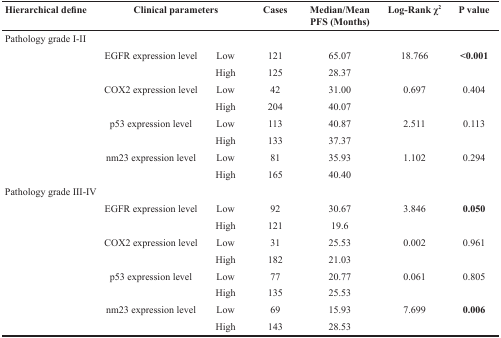
| Hierarchical define | <COLSPAN=2> Clinical parameters | Cases | Median/Mean PFS (Months) | Log-Rank χ2 | P value |
 | --- | --- | --- | --- | --- | --- | --- |
 | Pathology grade I-II |  |  |  |  |  |  |
 |  | EGFR expression level | Low | 121 | 65.07 | 18.766 | <0.001 |
 |  |  | High | 125 | 28.37 |  |  |
 |  | COX2 expression level | Low | 42 | 31.00 | 0.697 | 0.404 |
 |  |  | High | 204 | 40.07 |  |  |
 |  | p53 expression level | Low | 113 | 40.87 | 2.511 | 0.113 |
 |  |  | High | 133 | 37.37 |  |  |
 |  | nm23 expression level | Low | 81 | 35.93 | 1.102 | 0.294 |
 |  |  | High | 165 | 40.40 |  |  |
 | Pathology grade III-IV |  |  |  |  |  |  |
 |  | EGFR expression level | Low | 92 | 30.67 | 3.846 | 0.050 |
 |  |  | High | 121 | 19.6 |  |  |
 |  | COX2 expression level | Low | 31 | 25.53 | 0.002 | 0.961 |
 |  |  | High | 182 | 21.03 |  |  |
 |  | p53 expression level | Low | 77 | 20.77 | 0.061 | 0.805 |
 |  |  | High | 135 | 25.53 |  |  |
 |  | nm23 expression level | Low | 69 | 15.93 | 7.699 | 0.006 |
 |  |  | High | 143 | 28.53 |  |  |